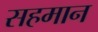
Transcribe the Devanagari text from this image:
सहमान